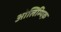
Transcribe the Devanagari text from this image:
ओलिम्पिक़